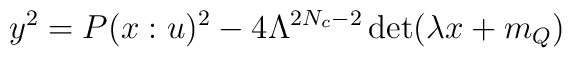
y^2=P(x:u)^2 - 4\Lambda^{2N_{c}-2}\det(\lambda x+m_{Q}) \nonumber